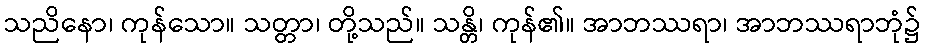
သညိနော၊ ကုန်သော။ သတ္တာ၊ တို့သည်။ သန္တိ၊ ကုန်၏။ အာဘဿရာ၊ အာဘဿရာဘုံ၌